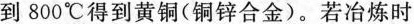
到800^{\circ}C得到黄铜(铜锌合金)。若冶炼时